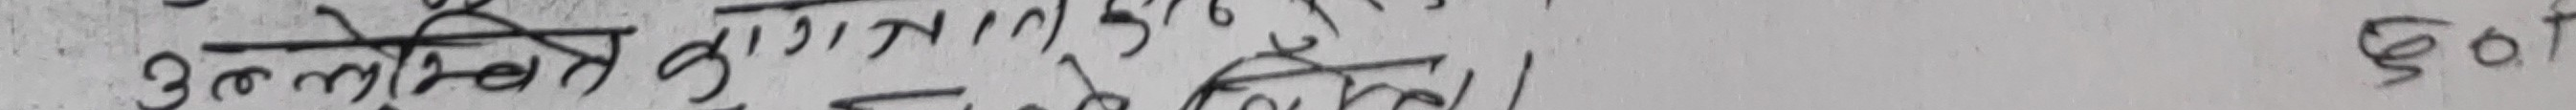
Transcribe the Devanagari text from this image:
उनीलाई कुरा पुगेका थिए।